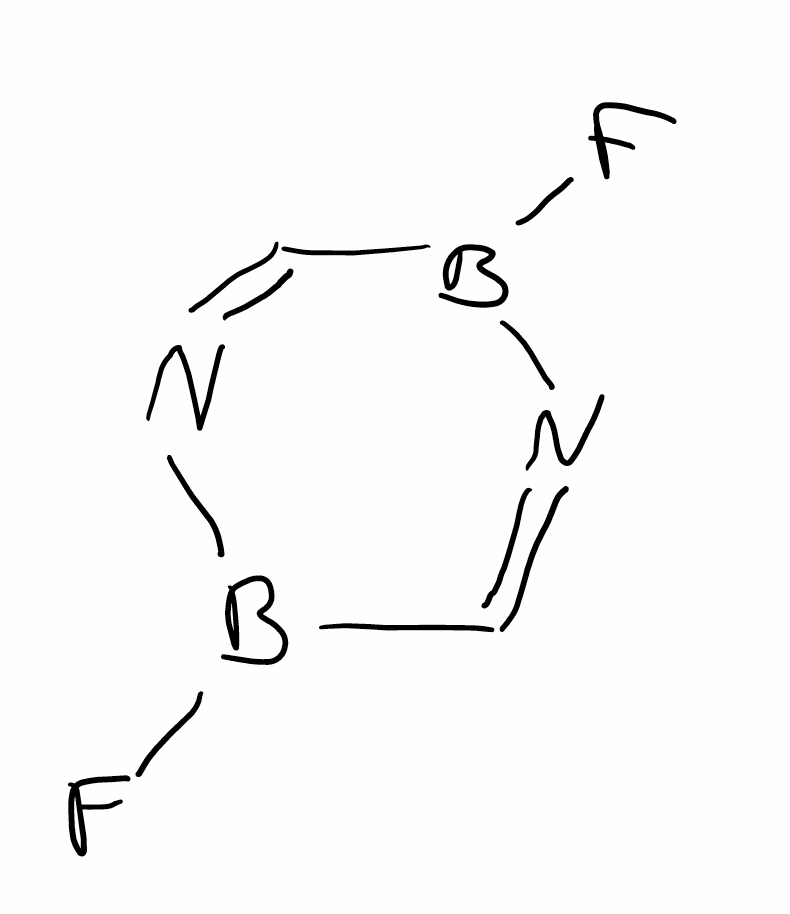
Simplified molecular-input line-entry system (SMILES) notation of the given molecule:
B1(C=NB(C=N1)F)F